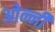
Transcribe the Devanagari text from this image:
ओन्नी